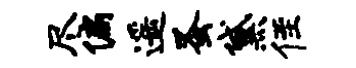
尽偏遥蚤黛侄